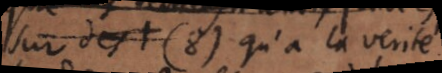
sur des (8) qu’à la verité